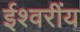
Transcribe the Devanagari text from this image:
ईश्वरींय